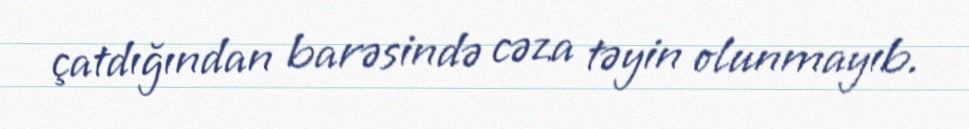
çatdığından barəsində cəza təyin olunmayıb.